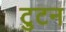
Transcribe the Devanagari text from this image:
टुटन